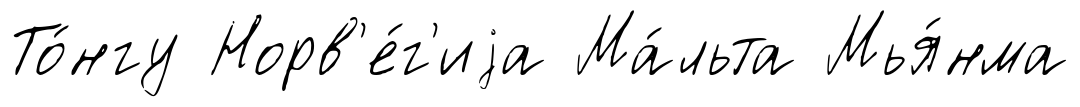
То́нгу Норв'е́г'иjа Ма́льта Мья́нма